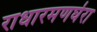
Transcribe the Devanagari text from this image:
राधारमणघेरा